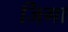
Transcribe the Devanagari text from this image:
जिगा